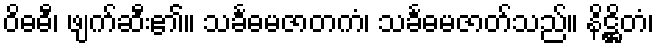
ဝိဓဓီ၊ ဖျက်ဆီး၏။ သင်္ခဓမဇာတကံ၊ သင်္ခဓမဇာတ်သည်။ နိဋ္ဌိတံ၊